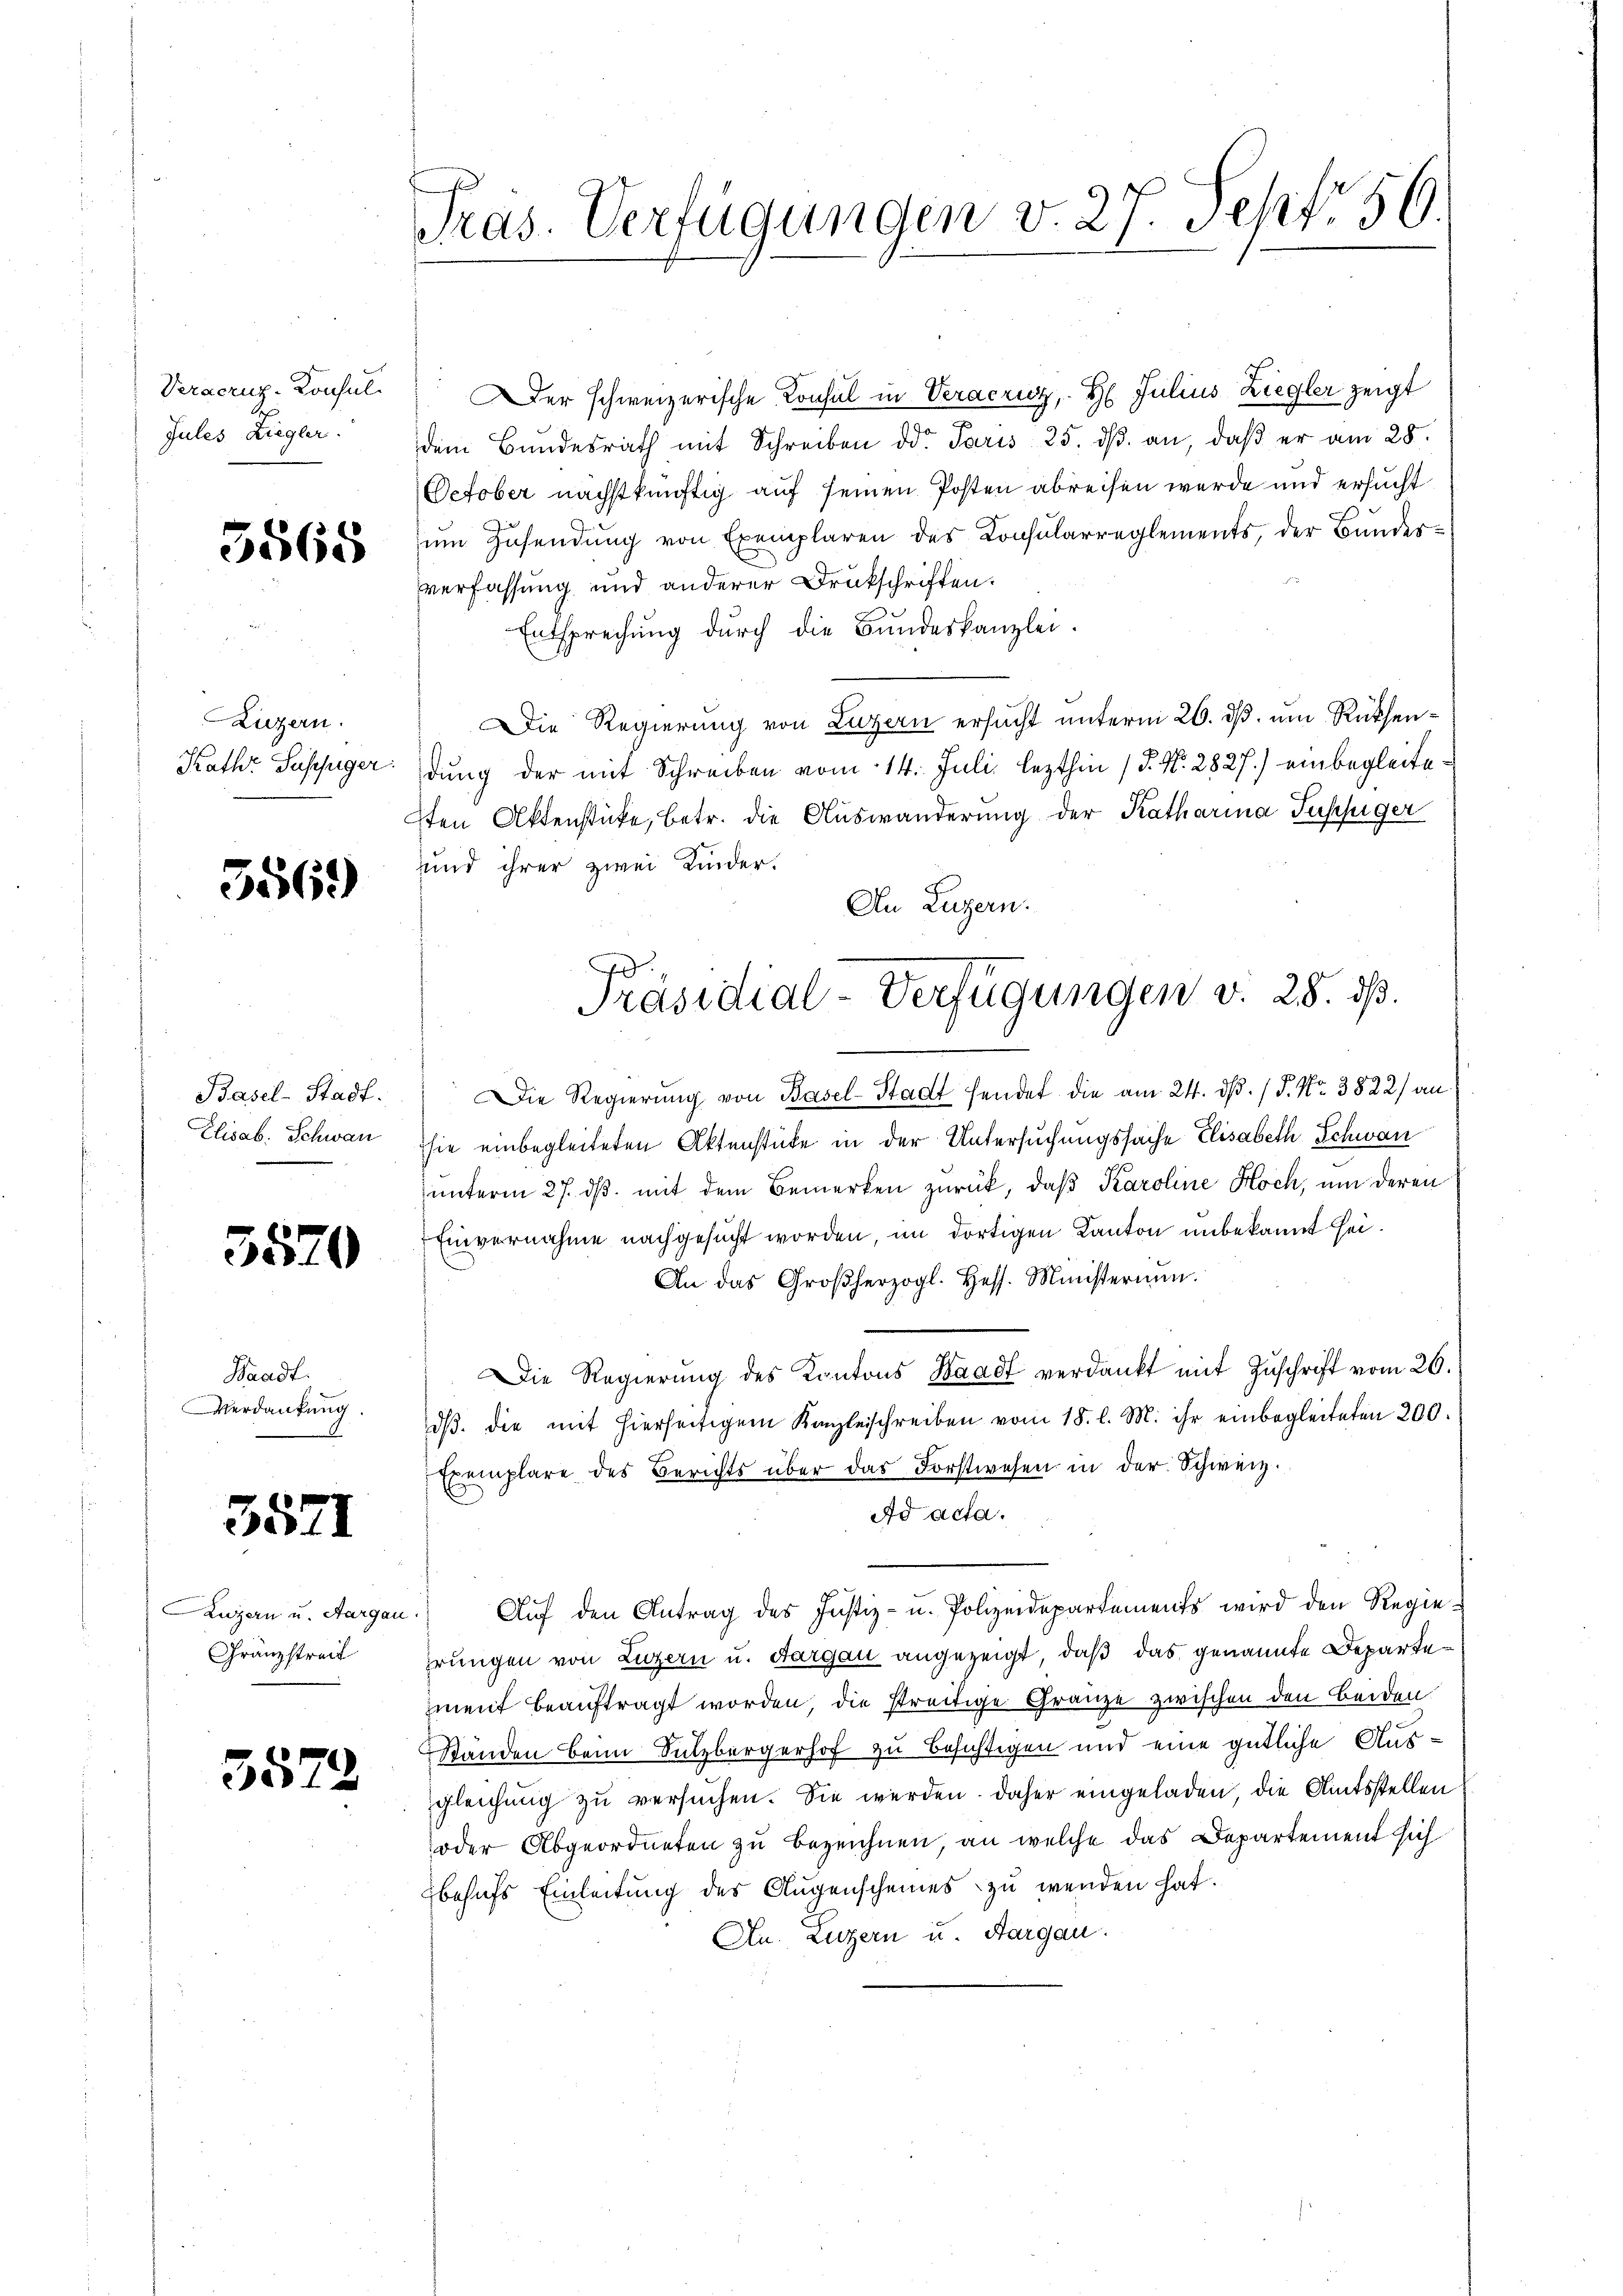
Veracruz-Konsul
Jules Ziegler.

5568

Luzern.
Kath. Sessiger.

5569)

Basel-Stadt.
Elisab. Schwan

5570

Waadt.
Verdankung.

3571

Luzern u. Aargau
Gränzstreit

3579

Präs. Verfügungen v. 27. Sept. 56.

Der schweizerische Konsul in Veracruz, H. Julius Ziegler zeigt
dem Bundesrath mit Schreiben der Paris 25. ds. an, daß er am 28.
Oetober nächstkünftig auf seinen Posten abreisen werde und ersucht
um Zusendung von Exemplaren des Konsularreglements, der Bundesverfassung und anderer Drukschriften.
Entsprechung durch die Bundeskanzlei.
Die Regierung von Luzern ersucht unterm 26. ds. um Rücksendung der mit Schreiben vom 14. Juli lezthin / P. Nr. 2827.) einbegleite
sten Aktenstücke, betr. die Auswanderung der Katharina Tupfiger
und ihrer zwei Kinder.
An Luzern.
Die Regierung von Basel-Stadt sendet die am 24. ds. / P. Nr. 3822 an
sie einbegleiteten Aktenstücke in der Untersuchungssache Elisabeth Schwan
unterm 27. ds. mit dem Bemerken zurück, daß Karoline Hoch, um deren
Einvernahme nachgesucht worden, im dortigen Kanton unbekannt sei.
An das Großherzogl. Hess. Ministerium.
Die Regierŭng des Kantons Waadt verdankt mit Zŭschrift vom 26.
dβ die mit hierseitigem Kanzleischreiben vom 18. l. M. ihr einbegleiteten 200.
Exemplare des Berichts über das Forstwesen in der Schweiz.
Ad acta.
 Aŭf den Antrag des Justiz- u. Polizeidepartements wird den Regieprungen von Luzern u. Aargau angezeigt, daß das genannte Departement beauftragt worden, die streitige Gränze zwischen den beiden
Standen beim Sitzbergerhof zu besichtigen und eine gütliche Ausgleichŭng zŭ versuchen. Sie werden. Daher eingeladen die Amtsstellen
oder Abgeordneten zu bezeichnen an welche das Departement sich
behufs Einleitung des Augenscheines zu wenden hat.
An. Luzern u. Aargau.

A
Präsidial-Verfügungen v. 28. ds.